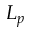
L _ { p }